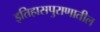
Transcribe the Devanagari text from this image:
इतिहासपुराणातील